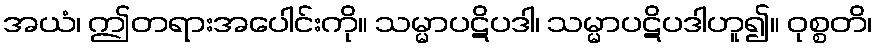
အယံ၊ ဤတရားအပေါင်းကို။ သမ္မာပဋိပဒါ၊ သမ္မာပဋိပဒါဟူ၍။ ဝုစ္စတိ၊